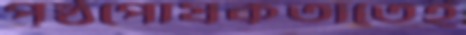
পৃষ্ঠপোষকতাতেই